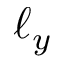
\ell _ { y }